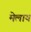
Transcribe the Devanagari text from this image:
मेलाय